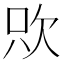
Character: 㰨